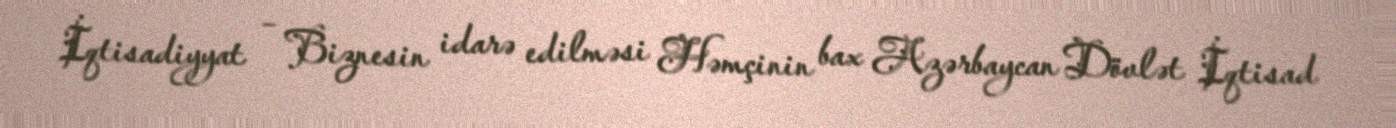
İqtisadiyyat – Biznesin idarə edilməsi Həmçinin bax Azərbaycan Dövlət İqtisad